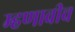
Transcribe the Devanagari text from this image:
म्हणावीच